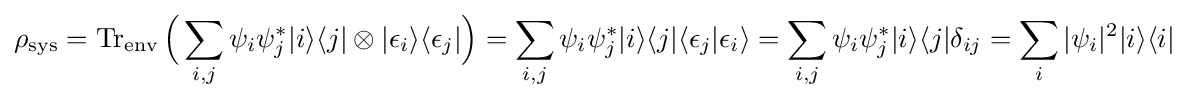
\rho _{\text{sys}}=\operatorname {Tr} _{\text{env}}{\Big (}\sum _{i,j}\psi _{i}\psi _{j}^{*}|i\rangle \langle j|\otimes |\epsilon _{i}\rangle \langle \epsilon _{j}|{\Big )}=\sum _{i,j}\psi _{i}\psi _{j}^{*}|i\rangle \langle j|\langle \epsilon _{j}|\epsilon _{i}\rangle =\sum _{i,j}\psi _{i}\psi _{j}^{*}|i\rangle \langle j|\delta _{ij}=\sum _{i}|\psi _{i}|^{2}|i\rangle \langle i|